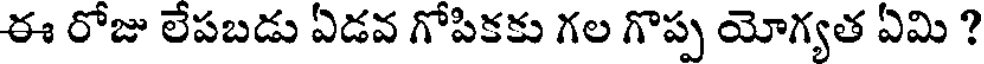
ఈ రోజు లేపబడు ఏడవ గోపికకు గల గొప్ప యోగ్యత ఏమి ?